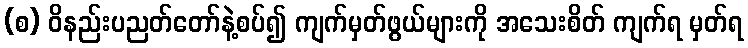
(စ) ဝိနည်းပညတ်တော်နဲ့စပ်၍ ကျက်မှတ်ဖွယ်များကို အသေးစိတ် ကျက်ရ မှတ်ရ